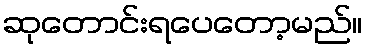
ဆုတောင်းရပေတော့မည်။